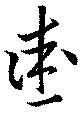
愛